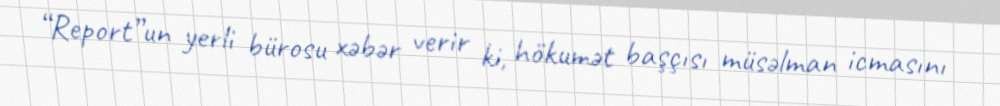
“Report”un yerli bürosu xəbər verir ki, hökumət başçısı müsəlman icmasını